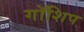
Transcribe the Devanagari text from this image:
गॉशिप